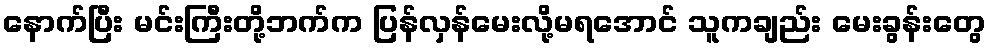
နောက်ပြီး မင်းကြီးတို့ဘက်က ပြန်လှန်မေးလို့မရအောင် သူကချည်း မေးခွန်းတွေ